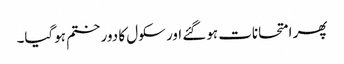
پھر امتحانات ہوگئے اور سکول کا دور ختم ہوگیا۔